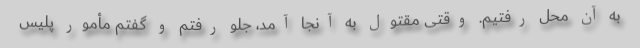
به آن محل رفتیم. وقتی مقتول به آنجا آمد، جلو رفتم و گفتم مأمور پلیس